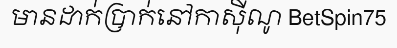
មានដាក់ប្រាក់នៅកាស៊ីណូ BetSpin75